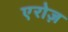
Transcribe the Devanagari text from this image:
एरोज़